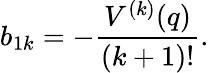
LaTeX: b_{1k}=-\frac{V^{(k)}(q)}{(k+1)!}.